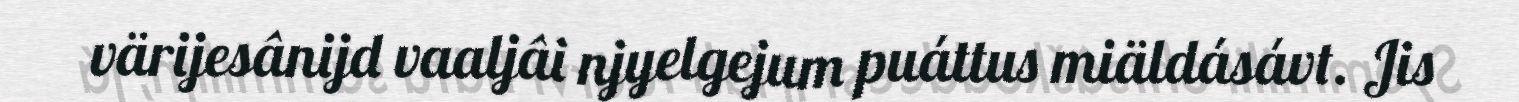
värijesânijd vaaljâi njyelgejum puáttus miäldásávt. Jis